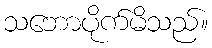
သဘောပိုက်မိသည်။